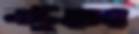
নটুয়ার